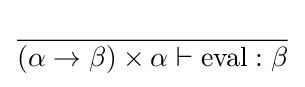
{\frac {}{(\alpha \rightarrow \beta )\times \alpha \vdash {\text{eval}}:\beta }}